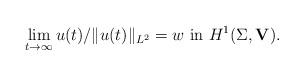
LaTeX: \begin{align*}\lim_{t\to\infty} u(t)/\Vert u(t) \Vert_{L^2}=w\ \textup{in}\ H^1(\Sigma,\mathbf{V}).\end{align*}